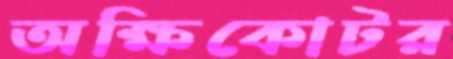
অক্ষিকোটর